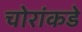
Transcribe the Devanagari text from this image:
चोरांकडे